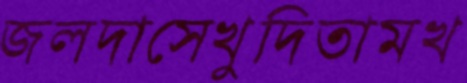
জলদাসেখুদিতামখ